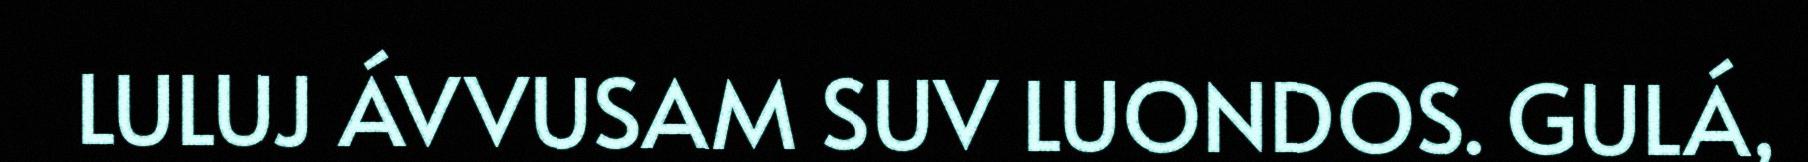
LULUJ ÁVVUSAM SUV LUONDOS. GULÁ,